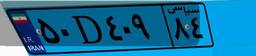
۹۰D۸۹۸۶۵